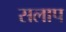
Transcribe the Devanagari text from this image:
सलाप